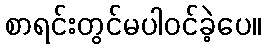
စာရင်းတွင်မပါဝင်ခဲ့ပေ။